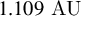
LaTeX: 1 . 1 0 9 { \mathrm { ~ A U } }